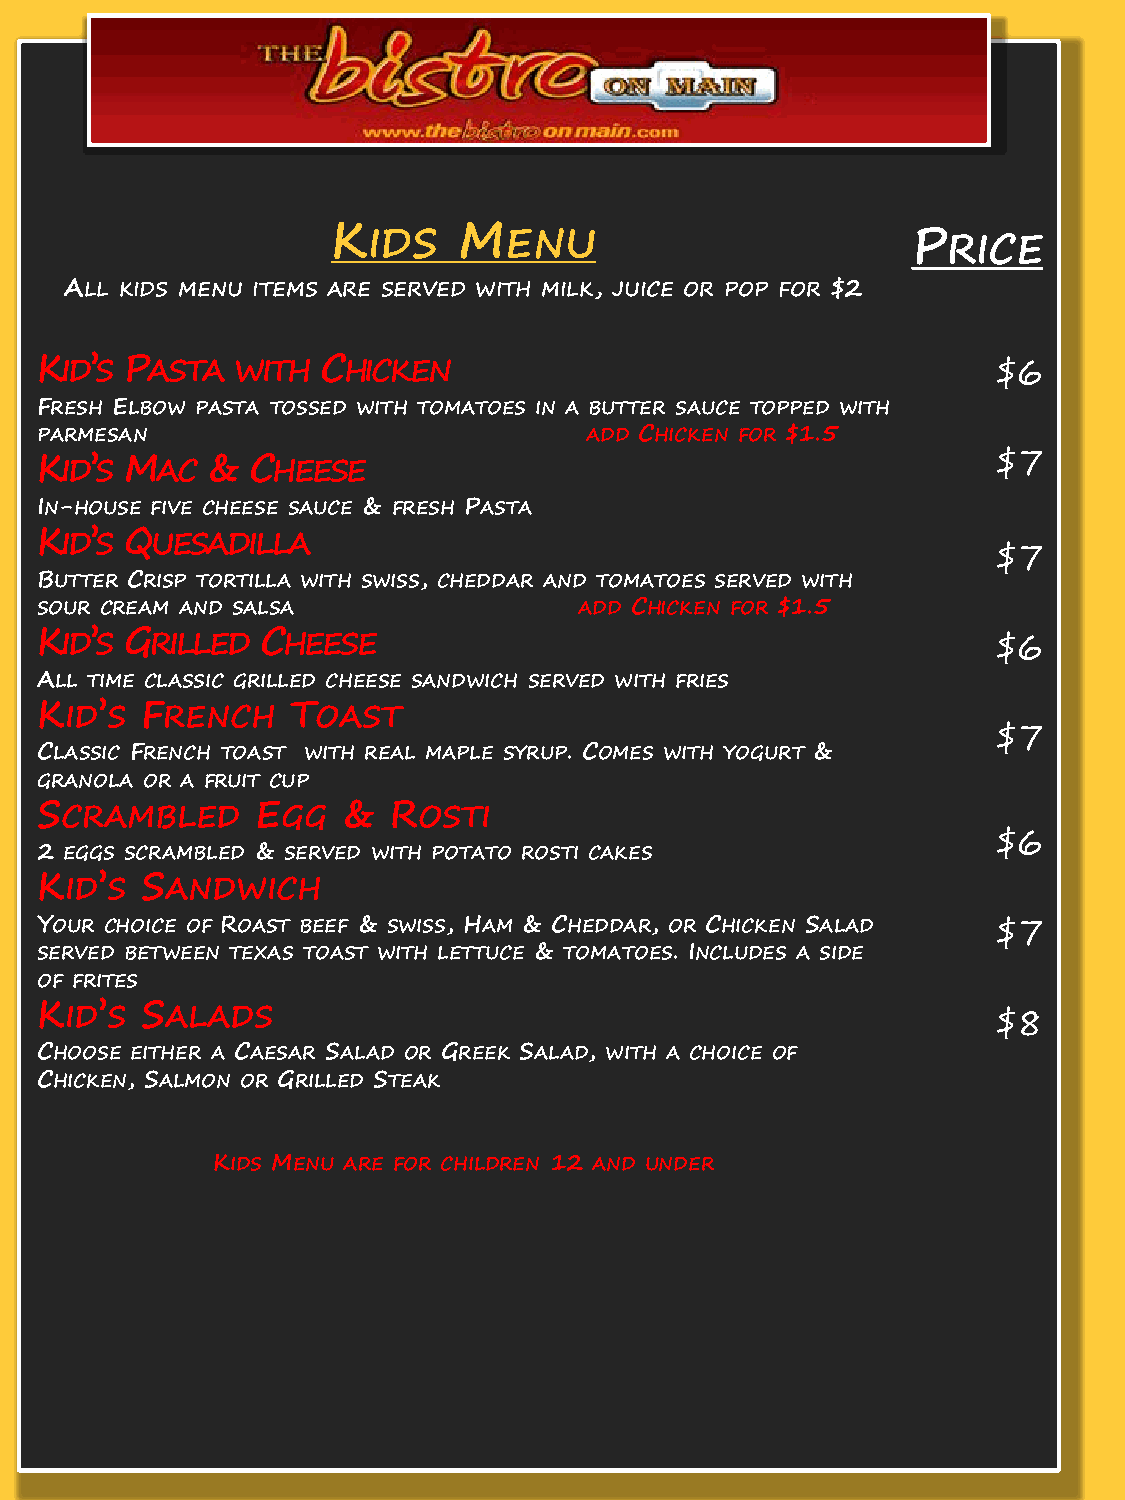
K IDS   M  ENU                        P  RICE
 ALL KIDS MENU ITEMS ARE SERVED WITH MILK, JUICE OR POP FOR $2
 KID’S PASTA   WITH CHICKEN                                      $6
 FRESH ELBOW PASTA TOSSED WITH TOMATOES IN A BUTTER SAUCE TOPPED WITH
 PARMESAN                             ADD CHICKEN FOR $1.5
 $7
 KID’S MAC   & CHEESE
 IN-HOUSE FIVE CHEESE SAUCE & FRESH PASTA
 KID’S QUESADILLA
 $7
 BUTTER CRISP TORTILLA WITH SWISS, CHEDDAR AND TOMATOES SERVED WITH
 SOUR CREAM AND SALSA                ADD CHICKEN FOR $1.5
 KID’S GRILLED  CHEESE                                           $6
 ALL TIME CLASSIC GRILLED CHEESE SANDWICH SERVED WITH FRIES
 KID’S  FRENCH    TOAST
 $7
 CLASSIC FRENCH TOAST WITH REAL MAPLE SYRUP. COMES WITH YOGURT &
 GRANOLA OR A FRUIT CUP
 SCRAMBLED      EGG   &  ROSTI
 $6
 2 EGGS SCRAMBLED & SERVED WITH POTATO ROSTI CAKES
 KID’S  SANDWICH
 YOUR CHOICE OF ROAST BEEF & SWISS, HAM & CHEDDAR, OR CHICKEN SALAD $7
 SERVED BETWEEN TEXAS TOAST WITH LETTUCE & TOMATOES. INCLUDES A SIDE
 OF FRITES
 KID’S  SALADS
 $8
 CHOOSE EITHER A CAESAR SALAD OR GREEK SALAD, WITH A CHOICE OF
 CHICKEN, SALMON OR GRILLED STEAK
 KIDS MENU ARE FOR CHILDREN 12 AND UNDER